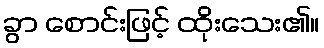
ခွာ စောင်းဖြင့် ထိုးသေး၏။